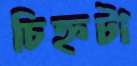
চিহ্নটা